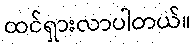
ထင်ရှားလာပါတယ်။